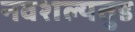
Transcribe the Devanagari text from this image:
नवशल्यतुड